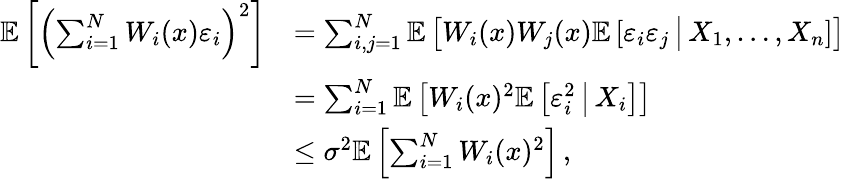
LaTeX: \begin{array}{rl}{\mathbb E\left[\left(\sum_{i=1}^{N}W_{i}(x)\varepsilon_{i}\right)^{2}\right]}&{=\sum_{i,j=1}^{N}\mathbb E\left[W_{i}(x)W_{j}(x)\mathbb E\left[\varepsilon_{i}\varepsilon_{j}\, \big|\, X_{1},\dots,X_{n}\right]\right]}\\ &{=\sum_{i=1}^{N}\mathbb E\left[W_{i}(x)^{2}\mathbb E\left[\varepsilon_{i}^{2}\, \big|\, X_{i}\right]\right]}\\ &{\leq\sigma^{2}\mathbb E\left[\sum_{i=1}^{N}W_{i}(x)^{2}\right]\, ,}\end{array}